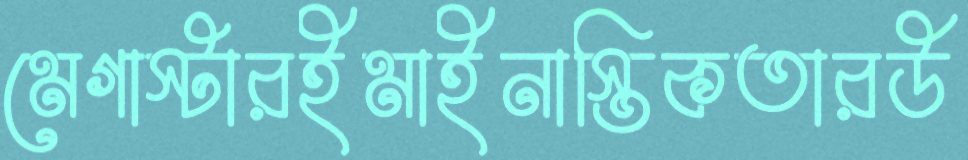
মেগাস্টারইমাইনাস্তিকতারউ